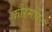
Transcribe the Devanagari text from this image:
कौरमोरेंट